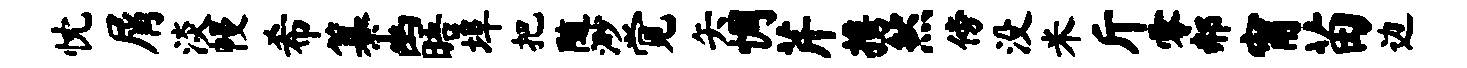
忱屑淡幔希纂幽晤埠把随渺觉矢惆芹携然傍没米斤零郝甯苗边